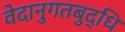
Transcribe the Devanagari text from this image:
वेदानुगतबुद्धि